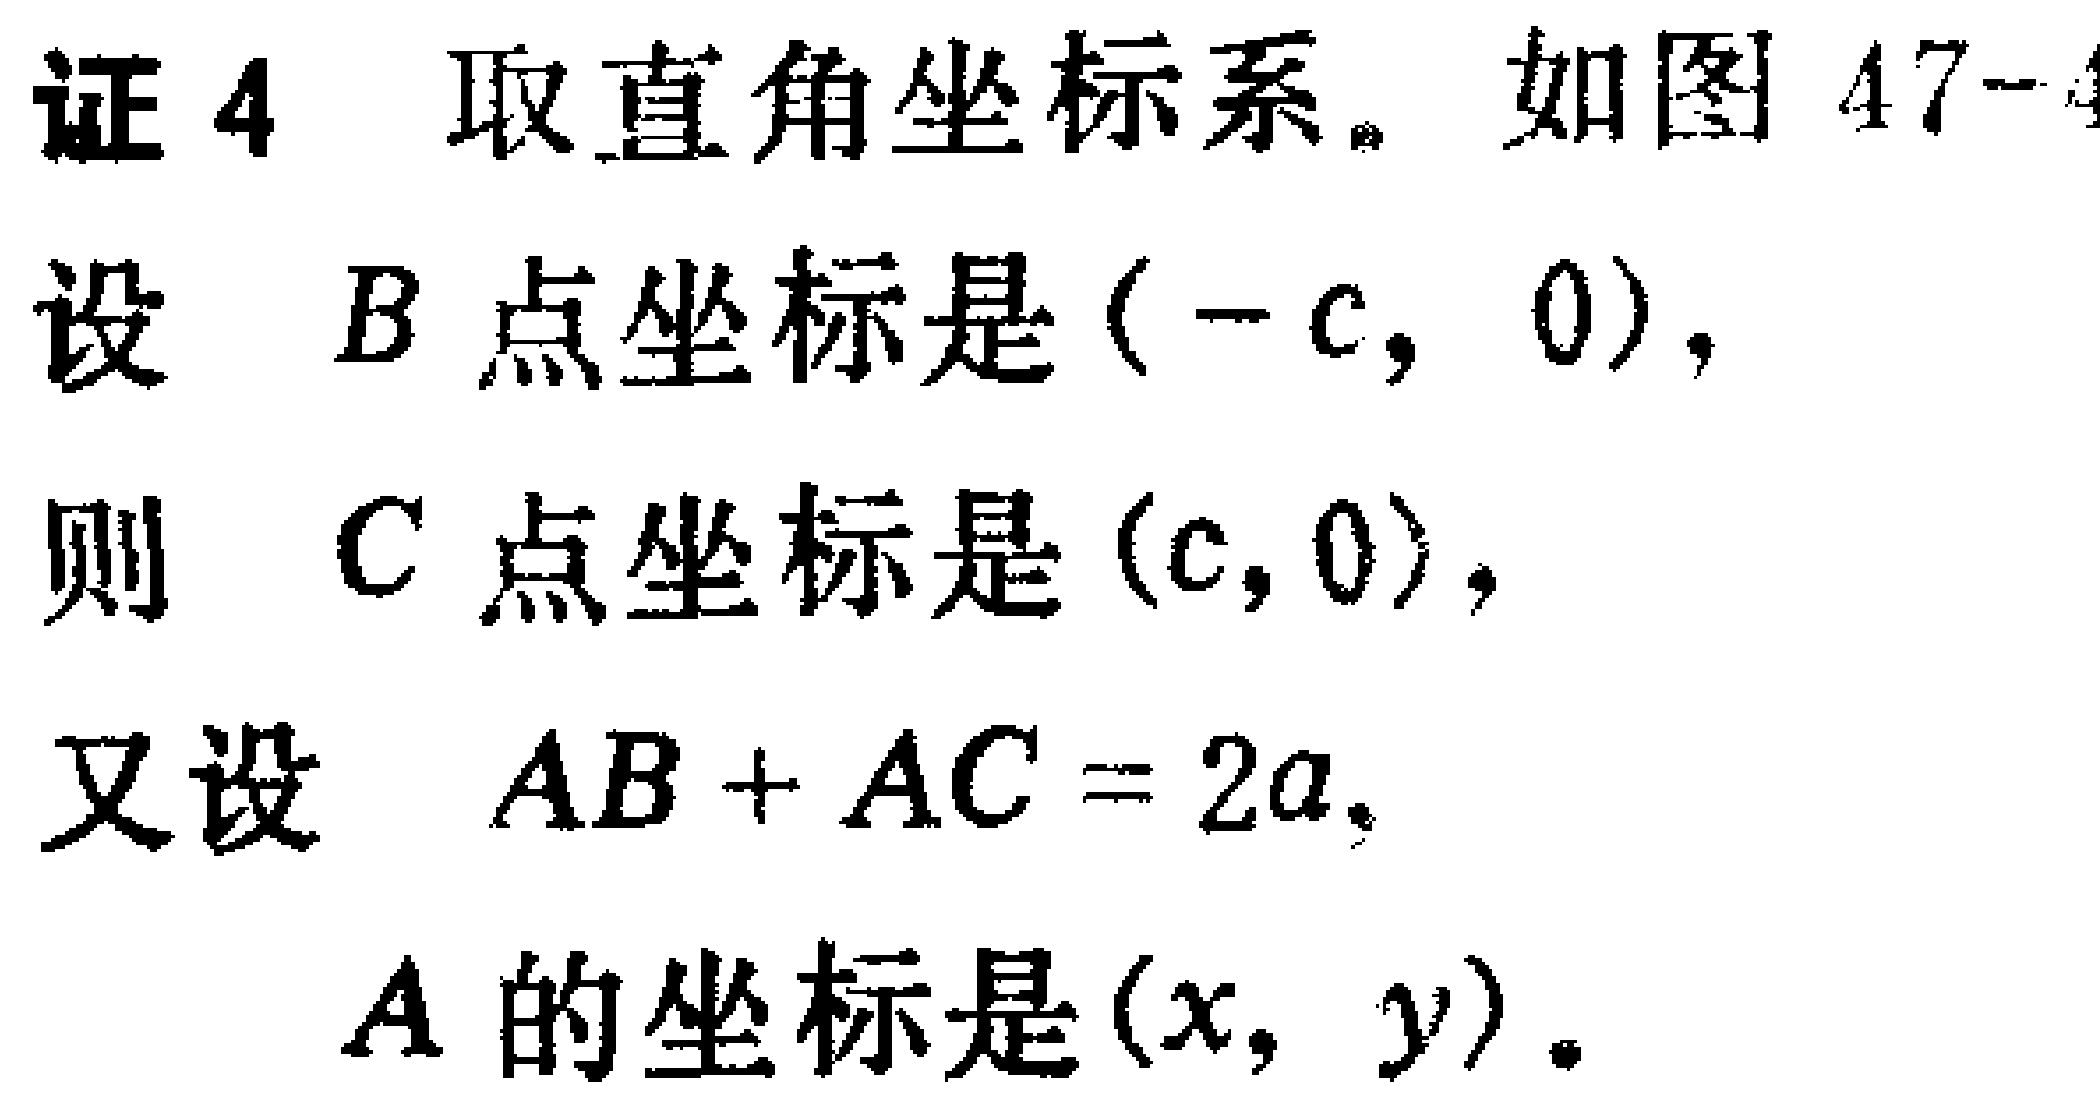
证 4 取直角坐标系。如图 47 - 4
设 \(B\) 点坐标是 \((-c,0)\)，
则 \(C\) 点坐标是 \((c,0)\)，
又设 \(AB + AC = 2a\)，
\(A\) 的坐标是 \((x,y)\)。